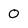
Character: O